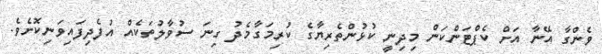
ވެންގާ އޭނާ އަށް ކެޕްޓަންކަން މިދިނީ ކުޅުންތެރިޔާގެ ކުރިމަގާމެދު ގިނަ ސުވާލުތަކެއް އުފެދިފައިވަނިކޮށެވެ.